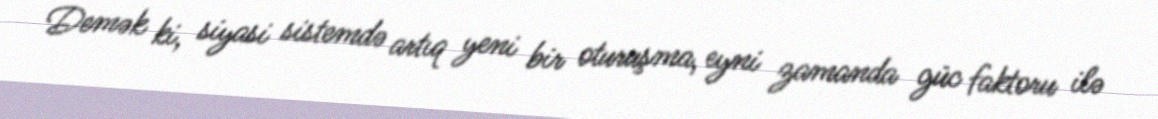
Demək ki, siyasi sistemdə artıq yeni bir oturuşma, eyni zamanda güc faktoru ilə